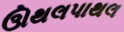
ઊથલપાથલ